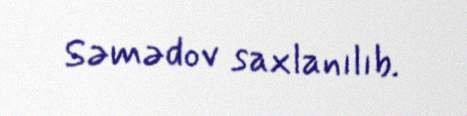
Səmədov saxlanılıb.